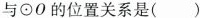
与 \odot 0 的位置关系是（ ）